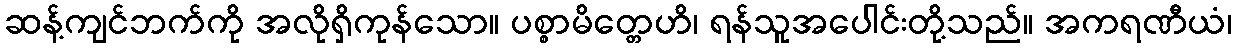
ဆန့်ကျင်ဘက်ကို အလိုရှိကုန်သော။ ပစ္စာမိတ္တေဟိ၊ ရန်သူအပေါင်းတို့သည်။ အကရဏီယံ၊